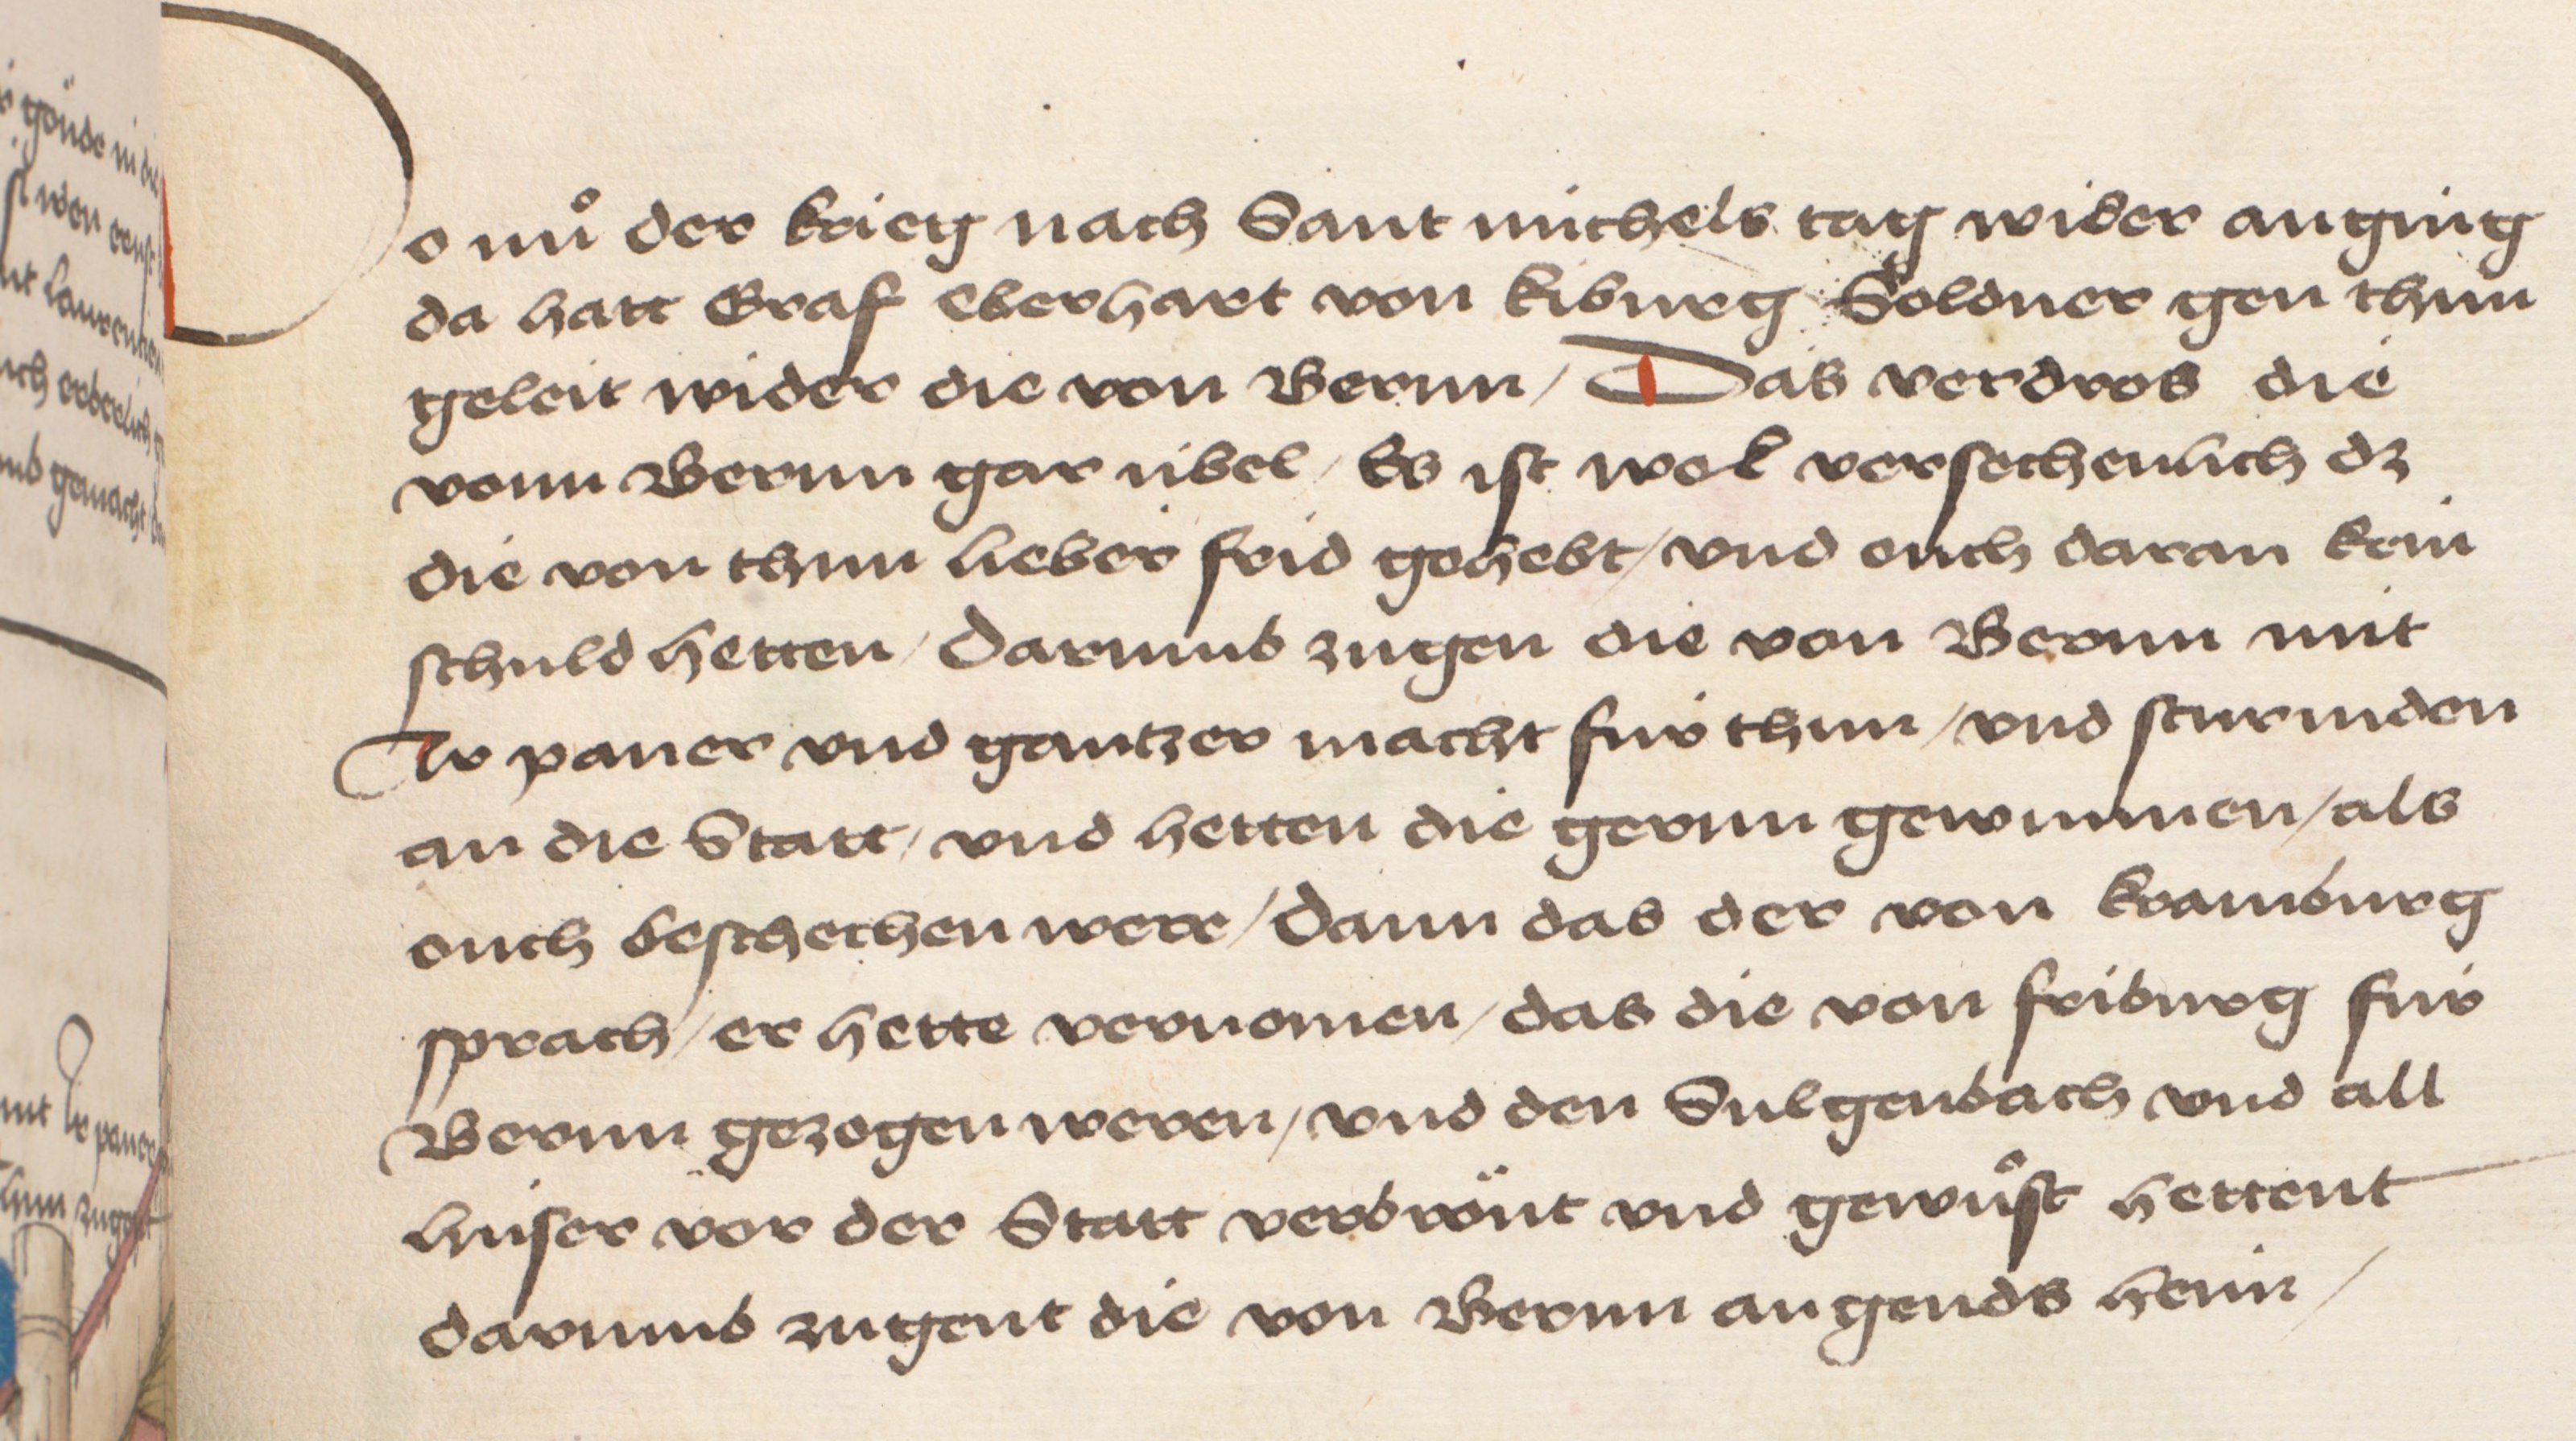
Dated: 1484–1485